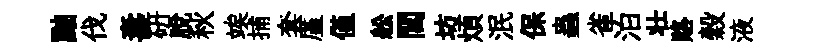
黜伐夀硏脱秋竢捕套厪僅舩閭坊煩泯保蟲雀泊壮賂穀液